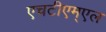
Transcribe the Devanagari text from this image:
एचटीएम्एल